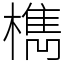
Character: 檇